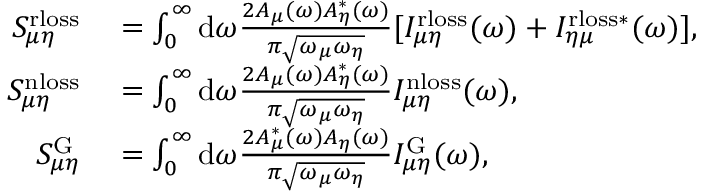
\begin{array} { r l } { S _ { \mu \eta } ^ { \mathrm { r l o s s } } } & { { } = \int _ { 0 } ^ { \infty } { \mathrm d } \omega \frac { 2 A _ { \mu } ( \omega ) A _ { \eta } ^ { * } ( \omega ) } { \pi \sqrt { \omega _ { \mu } \omega _ { \eta } } } [ I _ { \mu \eta } ^ { \mathrm { r l o s s } } ( \omega ) + I _ { \eta \mu } ^ { \mathrm { r l o s s * } } ( \omega ) ] , } \\ { S _ { \mu \eta } ^ { \mathrm { n l o s s } } } & { { } = \int _ { 0 } ^ { \infty } { \mathrm d } \omega \frac { 2 A _ { \mu } ( \omega ) A _ { \eta } ^ { * } ( \omega ) } { \pi \sqrt { \omega _ { \mu } \omega _ { \eta } } } I _ { \mu \eta } ^ { \mathrm { n l o s s } } ( \omega ) , } \\ { S _ { \mu \eta } ^ { \mathrm { G } } } & { { } = \int _ { 0 } ^ { \infty } { \mathrm d } \omega \frac { 2 A _ { \mu } ^ { * } ( \omega ) A _ { \eta } ( \omega ) } { \pi \sqrt { \omega _ { \mu } \omega _ { \eta } } } I _ { \mu \eta } ^ { \mathrm { G } } ( \omega ) , } \end{array}